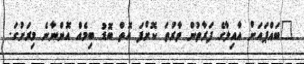
"ބައްޕައަށް އާއިލާގެ ފަރާތުން ވާރުތަ ކޮށްފަ އޮތް ބޮޑު ބިމެއް އޮންނާނެ މިރަށުގަ.